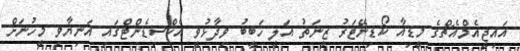
އައިޖީއެމްއެޗްގެ މީޑިއާ ކޯޑިނޭޓަރު ޒީނަތު އަލީ ހަބީބު ވިދާޅުވީ އެކްސިޑެންޓްގައި އަނިޔާވި މީހުނަށް